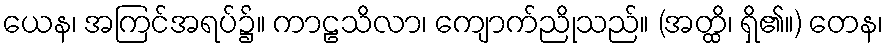
ယေန၊ အကြင်အရပ်၌။ ကာဠသိလာ၊ ကျောက်ညိုသည်။ (အတ္ထိ၊ ရှိ၏။) တေန၊